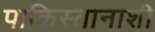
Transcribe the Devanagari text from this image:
पाकिस्तानाशी